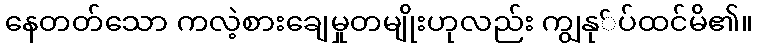
နေတတ်သော ကလဲ့စားချေမှုတမျိုးဟုလည်း ကျွနု်ပ်ထင်မိ၏။